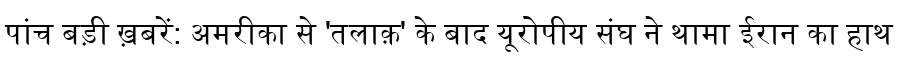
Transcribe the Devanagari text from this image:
पांच बड़ी ख़बरें: अमरीका से 'तलाक़' के बाद यूरोपीय संघ ने थामा ईरान का हाथ